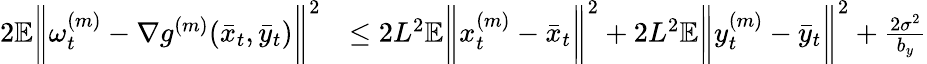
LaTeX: \begin{array}{rl}{2\mathbb{E}\bigg\| \omega_{t}^{(m)}-\nabla g^{(m)}(\bar{x}_{t},\bar{y}_{t})\bigg\| ^{2}}&{\leq 2L^{2}\mathbb{E}\bigg\| x_{t}^{(m)}-\bar{x}_{t}\bigg\| ^{2}+2L^{2}\mathbb{E}\bigg\| y_{t}^{(m)}-\bar{y}_{t}\bigg\| ^{2}+\frac{2\sigma^{2}}{b_{y}}}\end{array}